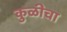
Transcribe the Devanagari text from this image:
कुळीचा